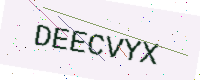
Text: DEECVYX